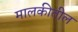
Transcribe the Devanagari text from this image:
मालकीतील